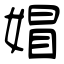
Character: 媢